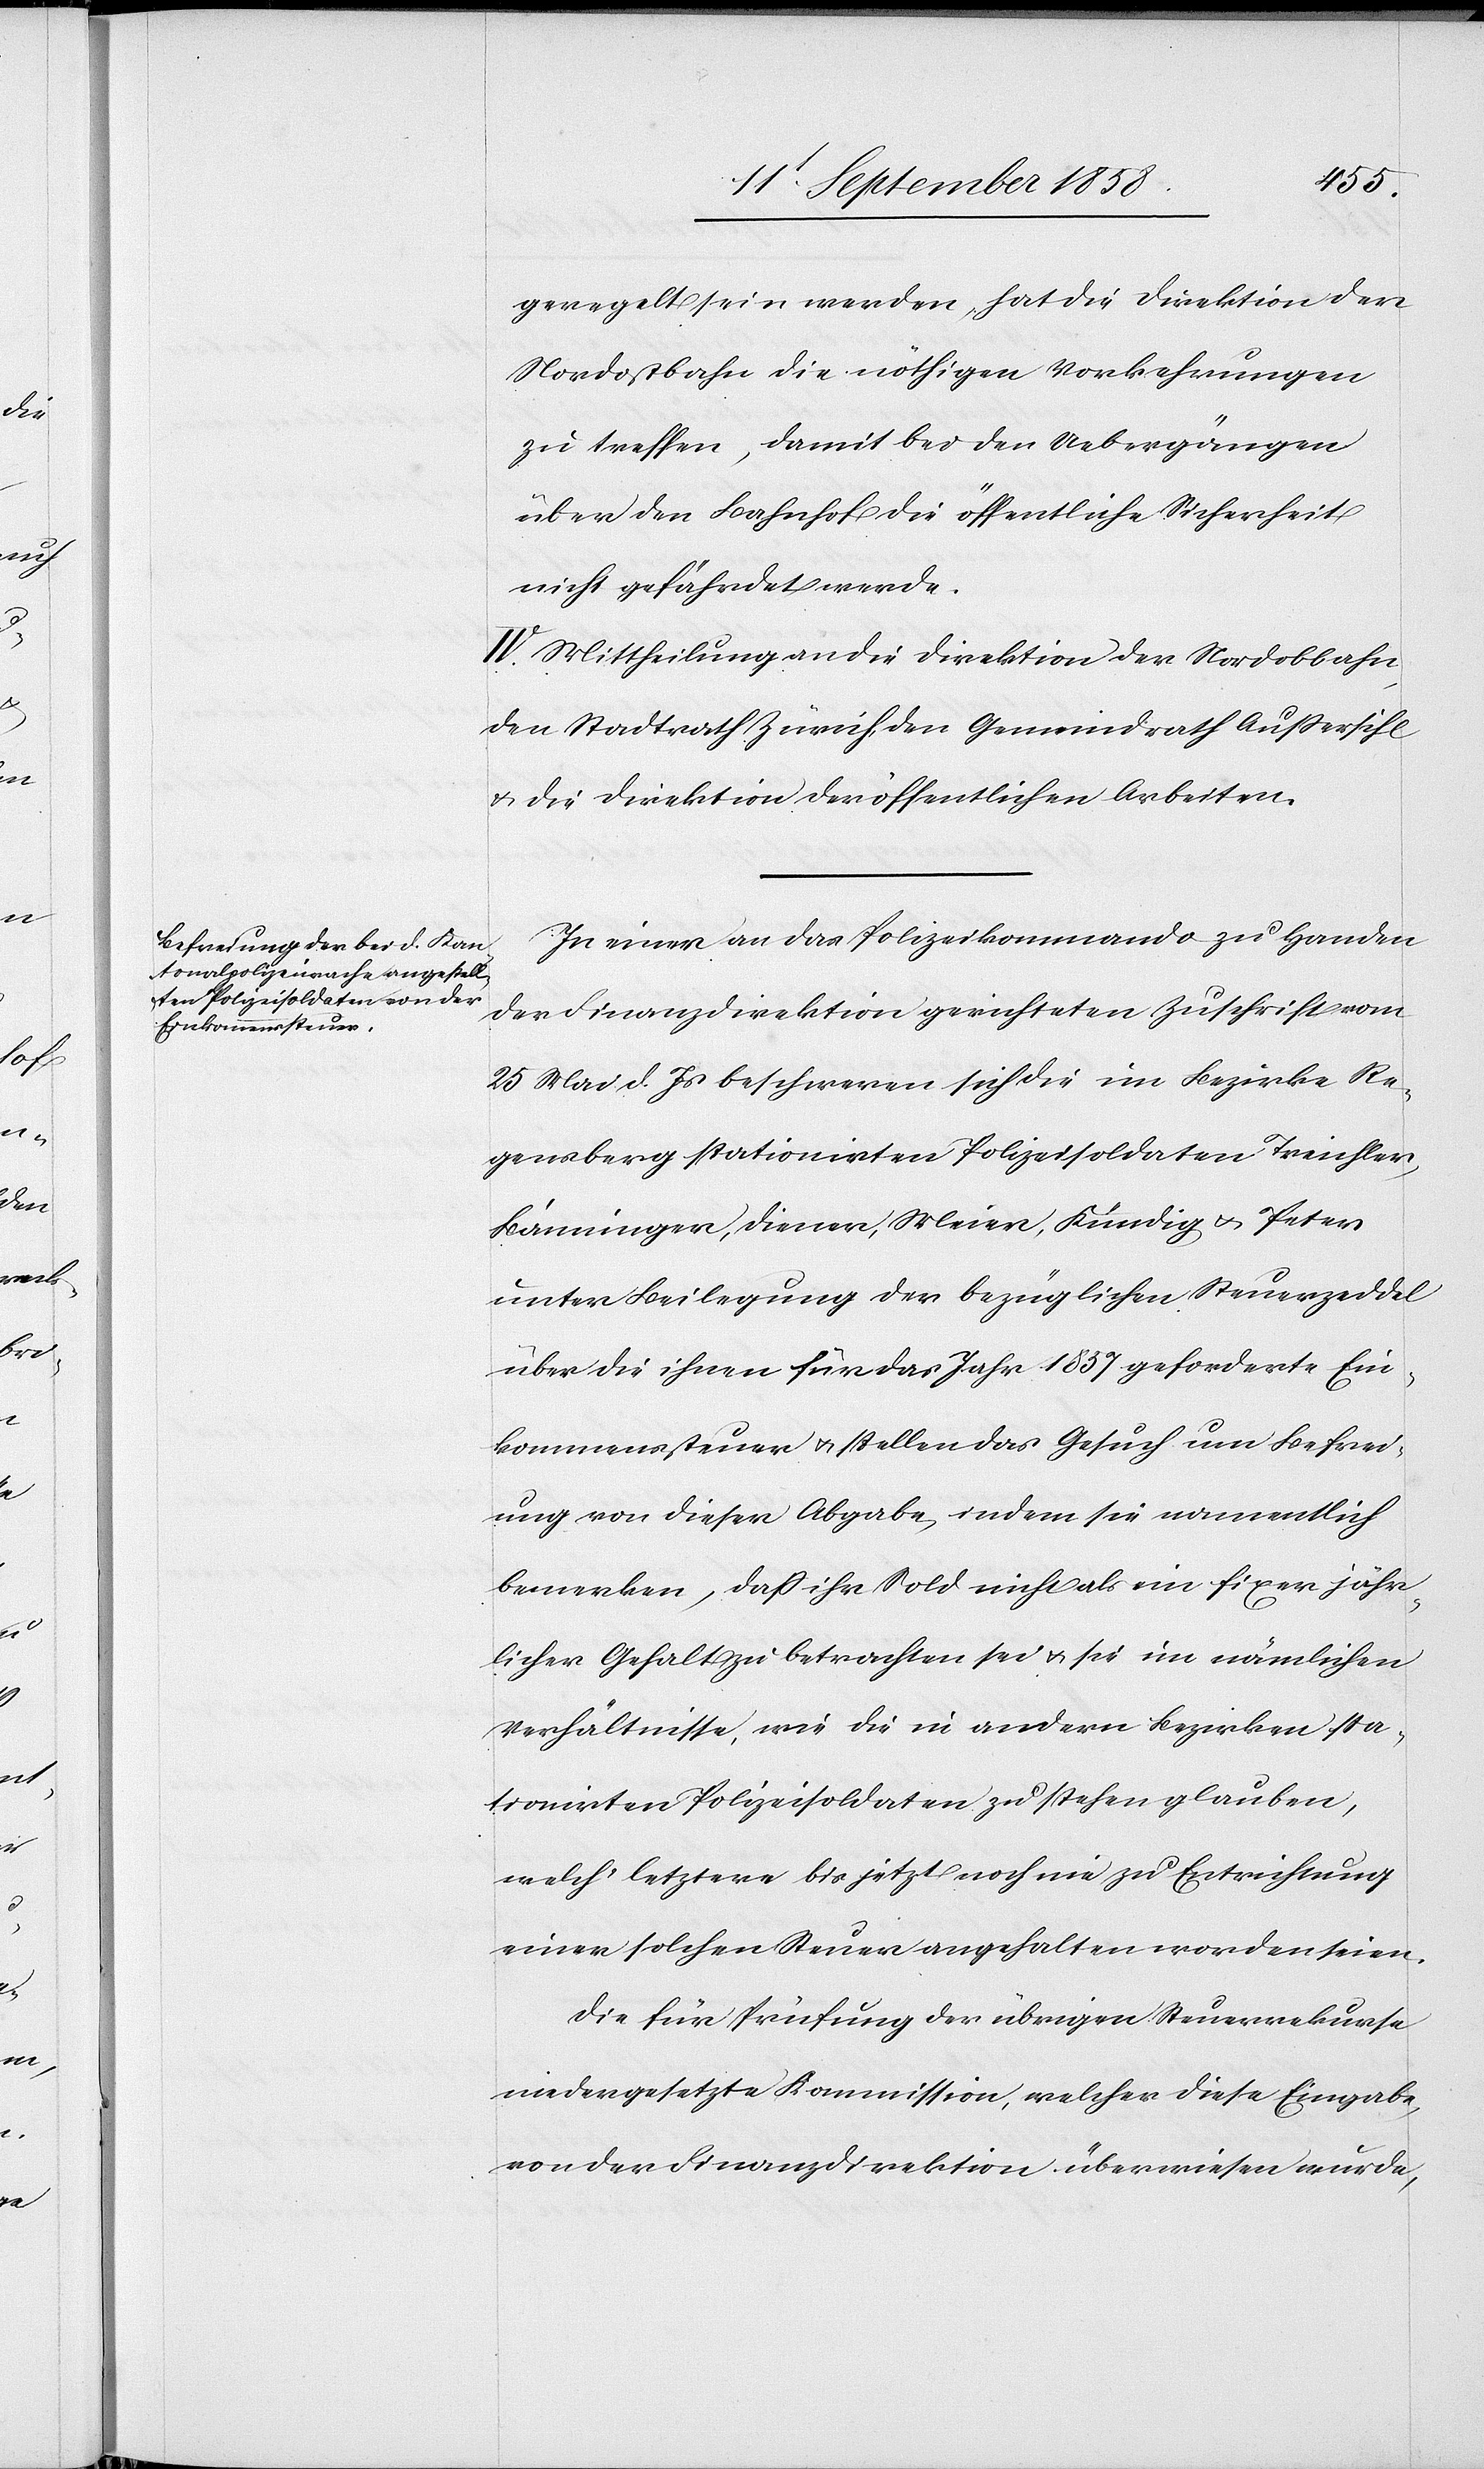
geregelt sein werden, hat die Direktion der
Nordostbahn die nöthigen Vorkehrungen
zu treffen, damit bei den Uebergängen
über den Bahnhof die öffentliche Sicherheit
nicht gefährdet werde.
IV. Mittheilung an die Direktion der Nordostbahn,
den Stadtrath Zürich, den Gemeindrath Aussersihl
& die Direktion der öffentlichen Arbeiten.
In einer an das Polizeikommando zu Handen
der Finanzdirektion gerichteten Zuschrift vom
25 Mai d. Js beschweren sich die im Bezirke Re¬
gensberg stationirten Polizeisoldaten Treichler,
Bänninger, Diener, Meier, Kündig & Peter
unter Beilegung der bezüglichen Steuerzeddel
über die ihnen für das Jahr 1857 geforderte Ein¬
kommenssteuer & stellen das Gesuch um Befrei¬
ung von dieser Abgabe, indem sie namentlich
bemerken, daß ihr Sold nicht als ein fixer jähr¬
licher Gehalt zu betrachten sei & sie im nämlichen
Verhältnisse, wie die in andern Bezirken sta¬
tionirten Polizeisoldaten zu stehen glauben,
welch‘ letztere bis jetzt noch nie zu Entrichtung
einer solchen Steuer angehalten worden seien.
Die für Prüfung der übrigen Steuerrekurse
niedergesetzte Kommission, welcher diese Eingabe
von der Finanzdirektion überwiesen wurde,